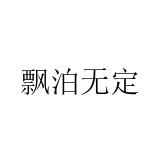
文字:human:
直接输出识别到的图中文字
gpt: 飘泊无定